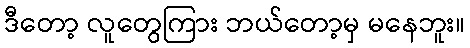
ဒီတော့ လူတွေကြား ဘယ်တော့မှ မနေဘူး။